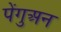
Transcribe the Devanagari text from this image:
पेंगुअन